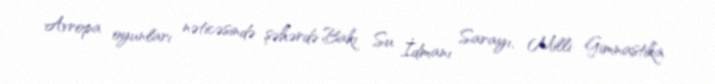
Avropa oyunları nəticəsində şəhərdə Bakı Su İdmanı Sarayı, Milli Gimnastika